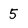
Character: 5